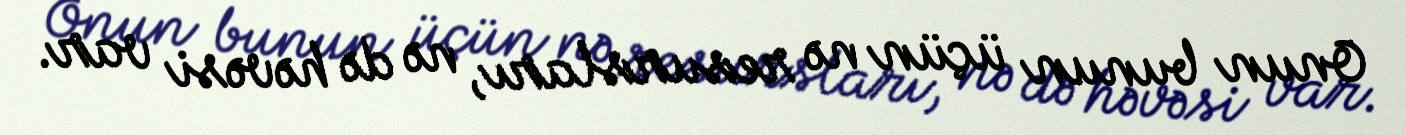
Onun bunun üçün nə resursları, nə də həvəsi var.